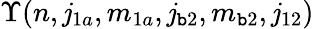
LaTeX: \Upsilon(n,\mathit{j}_{1a},m_{1a},\mathit{j}_{\mathtt{b}2},m_{\mathtt{b}2},\mathit{j}_{12})